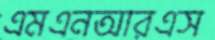
এমএনআরএস